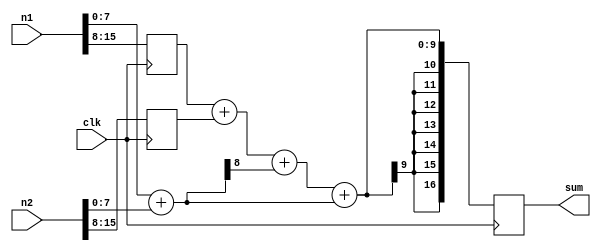
module adder_b(clk, n1, n2, sum);

input clk;
input signed [15:0] n1, n2;
output reg signed [16:0] sum;

reg signed [8:0] sum_LSB_1;
reg signed [15:8] n1_reg1, n2_reg1;

wire signed [8:0] sum_LSB;
wire signed [16:8] sum_MSB;
wire signed [16:0] sum_next;

assign sum_LSB = n1[7:0] + n2[7:0]; //Add least 8 sig bits.

always @ (posedge clk) begin
	sum_LSB_1 = sum_LSB;
	n1_reg1 <= n1[15:8];
	n2_reg1 <= n2[15:8];
end

assign sum_MSB = n1_reg1 + n2_reg1 + sum_LSB[8];
assign sum_next = sum_MSB + sum_LSB;

always @ (posedge clk) begin
	sum <= sum_next;
end
endmodule